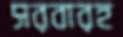
সরবারহ